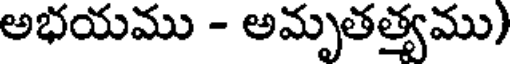
అభయము - అమృతత్యము)